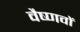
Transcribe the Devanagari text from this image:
वैष्‍णवों